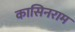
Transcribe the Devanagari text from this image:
कासिनराम